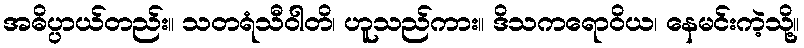
အဓိပ္ပာယ်တည်း။ သတရံသီဝါတိ၊ ဟူသည်ကား။ ဒိသကရောဝိယ၊ နေမင်းကဲ့သို့။